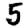
Digit: 5